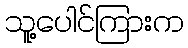
သူ့ပေါင်ကြားက